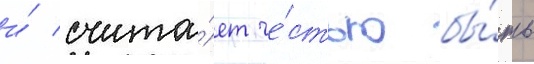
и́ счита́ет че́стью бы́ть